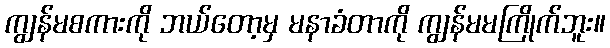
ကျွန်မစကားကို ဘယ်တော့မှ မနာခံတာကို ကျွန်မမကြိုက်ဘူး။